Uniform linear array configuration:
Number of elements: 48
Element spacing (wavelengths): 0.25
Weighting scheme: kaiser
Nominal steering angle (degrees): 30
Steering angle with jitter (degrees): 31.393
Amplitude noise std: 0.05
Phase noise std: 0.05

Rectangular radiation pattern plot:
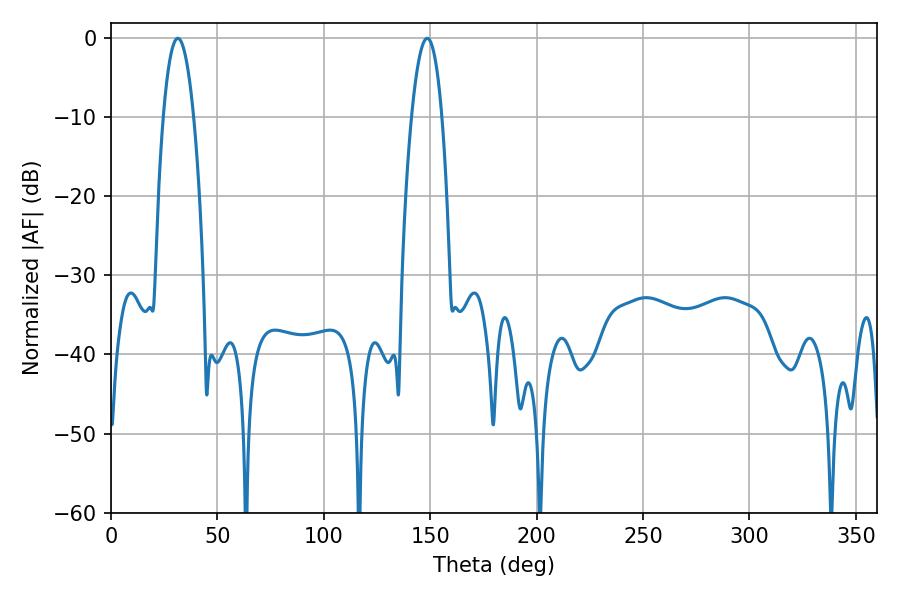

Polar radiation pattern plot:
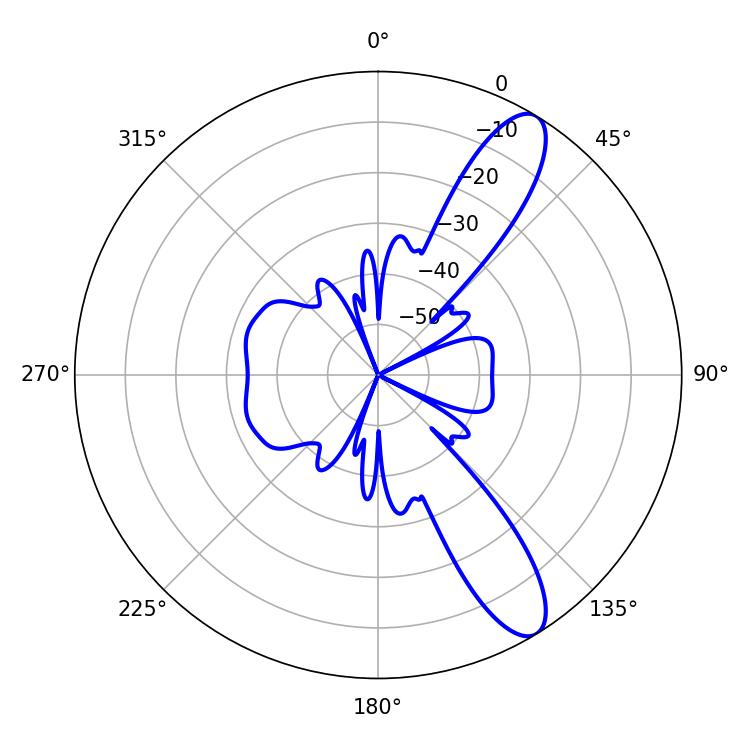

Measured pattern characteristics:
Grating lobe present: FALSE
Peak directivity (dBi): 11.128
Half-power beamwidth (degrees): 7.92
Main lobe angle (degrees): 31.32